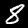
Digit: 8